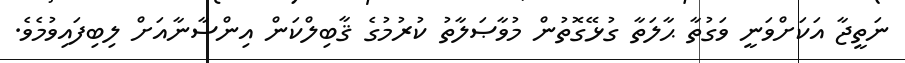
ނަތީޖާ އަކަށްވަނީ ވަގުތާ ޙާލަތާ ގުޅޭގޮތުން މުވާޞަލާތު ކުރުމުގެ ޤާބިލްކަން އިންސާނާއަށް ލިބިފައިވުމެވެ.